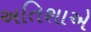
અતિશાએ